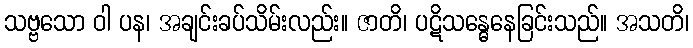
သဗ္ဗသော ဝါ ပန၊ အချင်းခပ်သိမ်းလည်း။ ဇာတိ၊ ပဋိသန္ဓေနေခြင်းသည်။ အသတိ၊